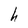
Character: h